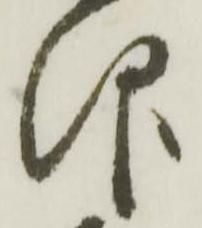
仰